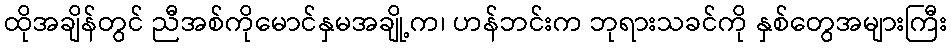
ထိုအချိန်တွင် ညီအစ်ကိုမောင်နှမအချို့က၊ ဟန်ဘင်းက ဘုရားသခင်ကို နှစ်တွေအများကြီး